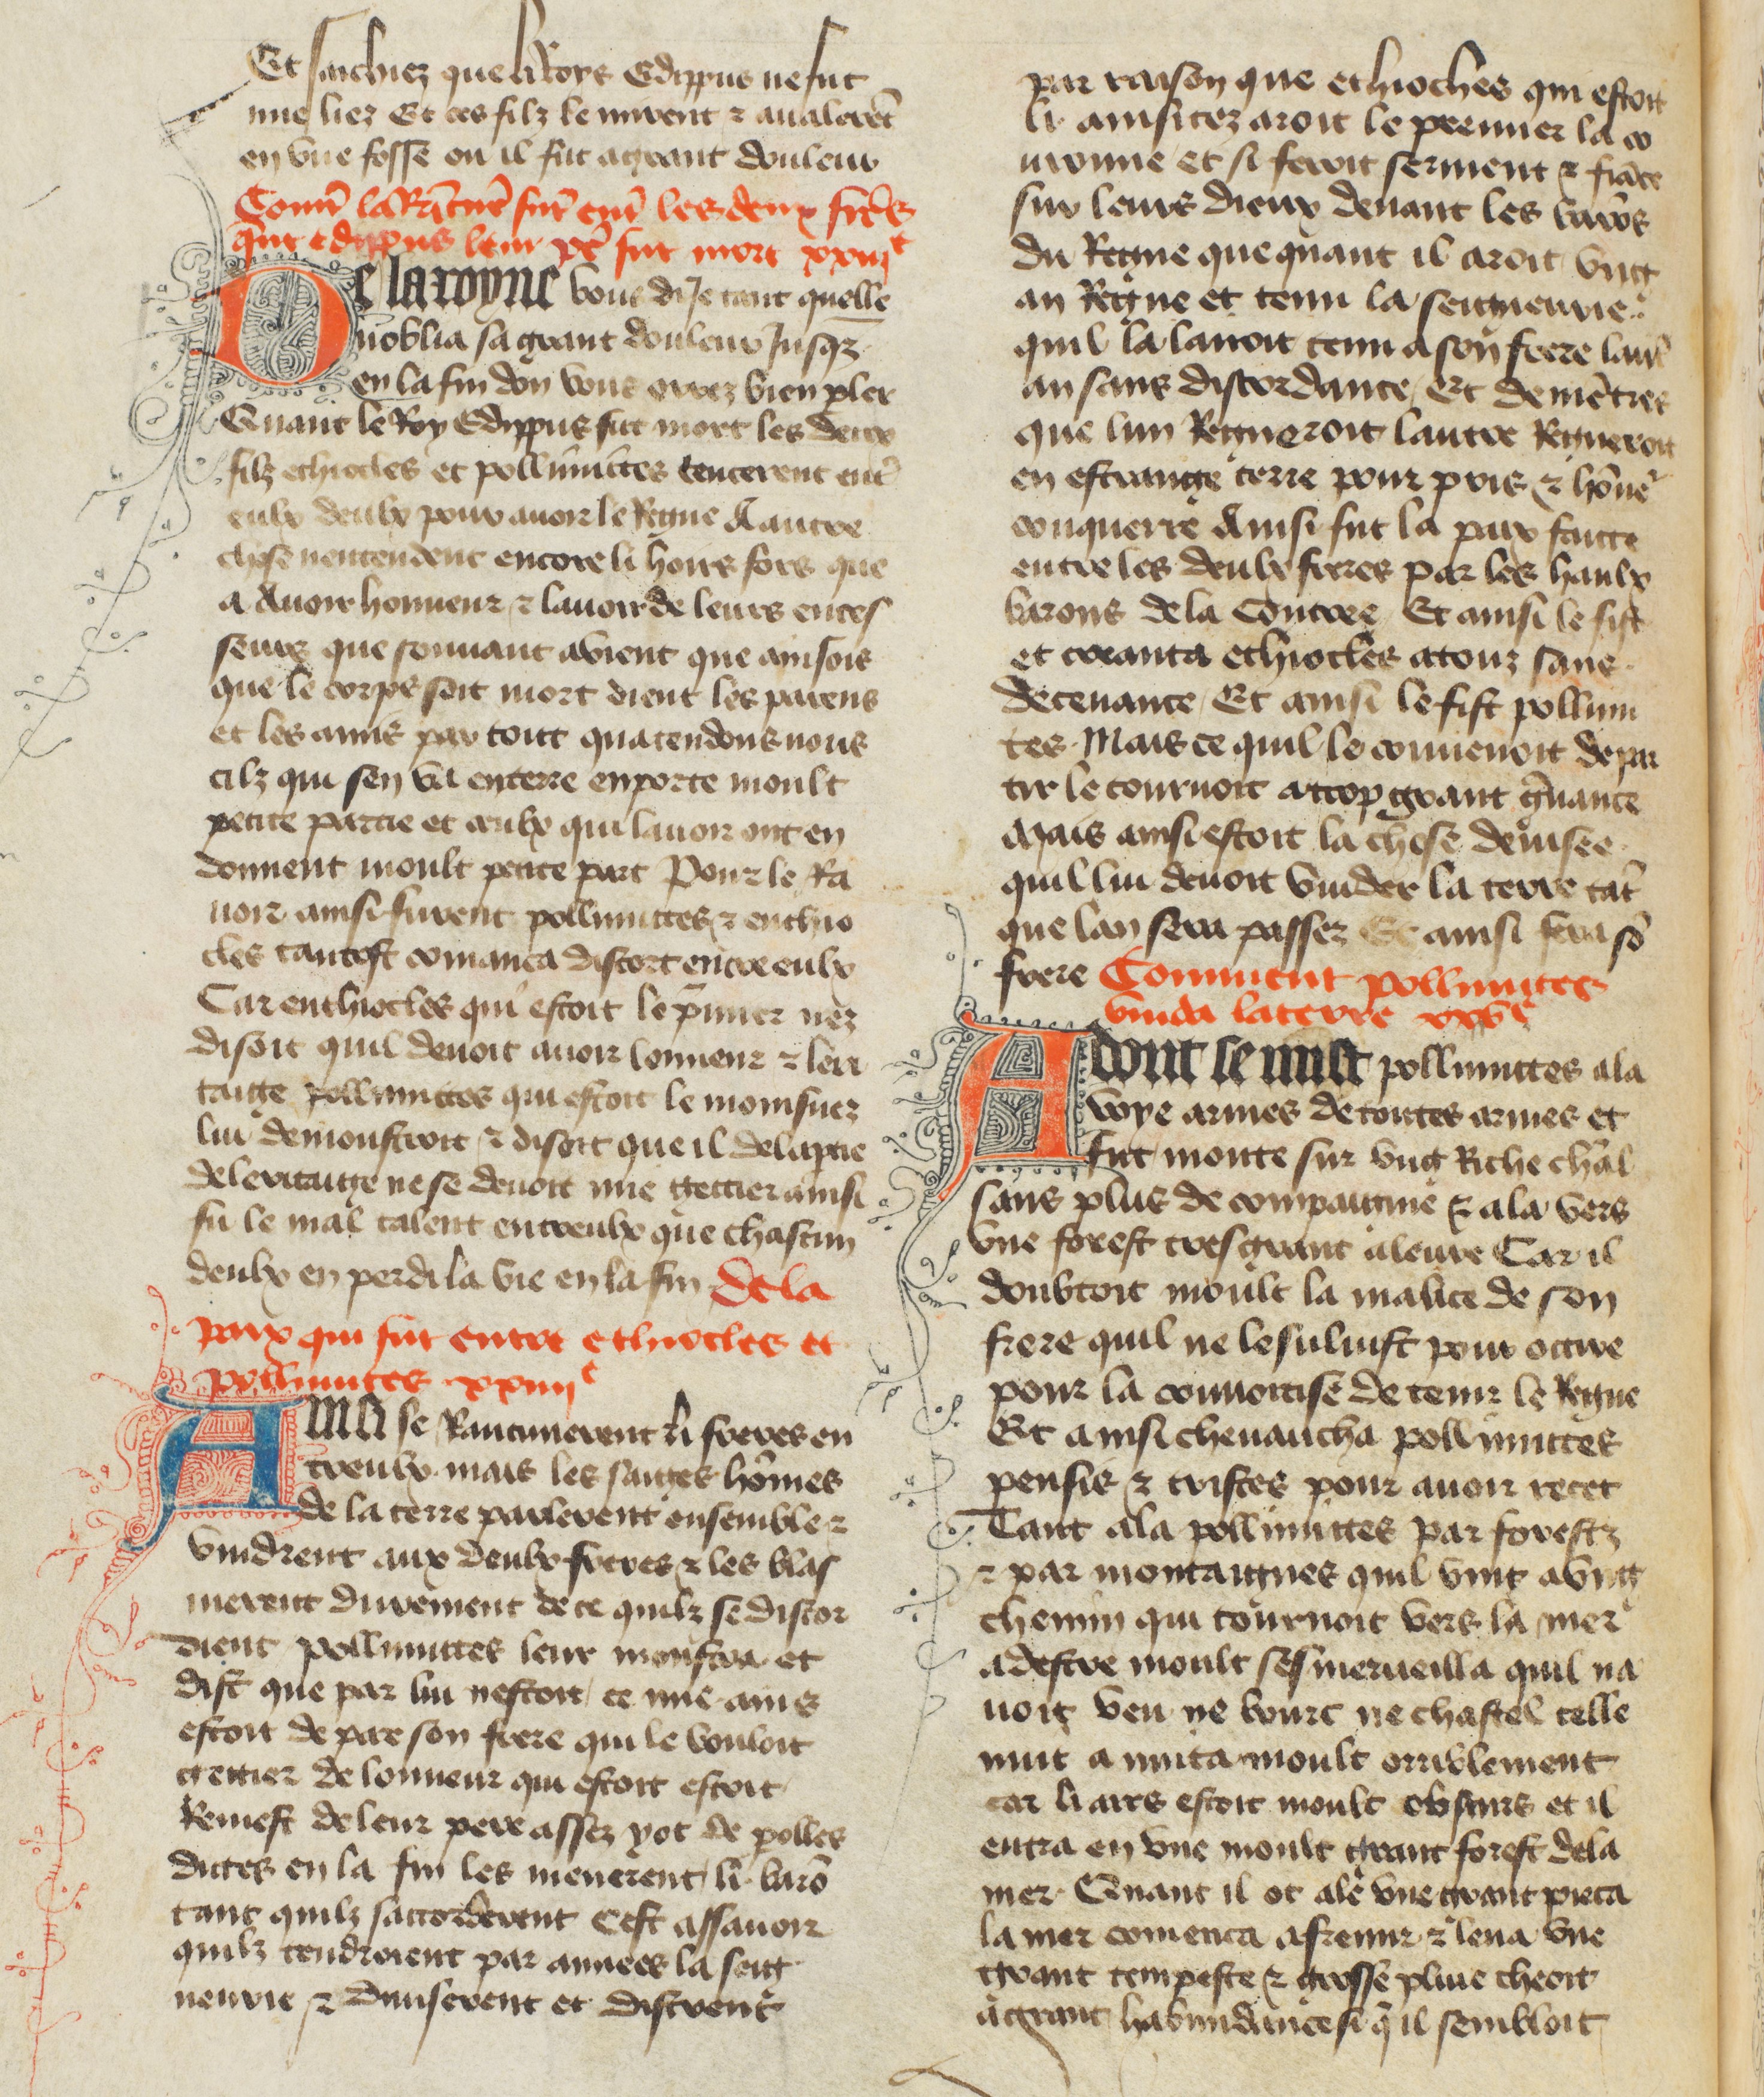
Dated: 1400–1449